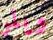
ويلر